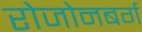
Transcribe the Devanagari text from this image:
रोजोनबर्ग